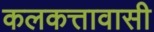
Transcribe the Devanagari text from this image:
कलकत्तावासी